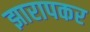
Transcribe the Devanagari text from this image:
झारापकर